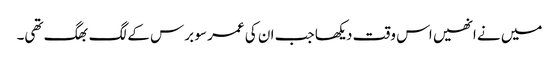
میں نے انھیں اس وقت دیکھا جب ان کی عمر سو برس کے لگ بھگ تھی۔